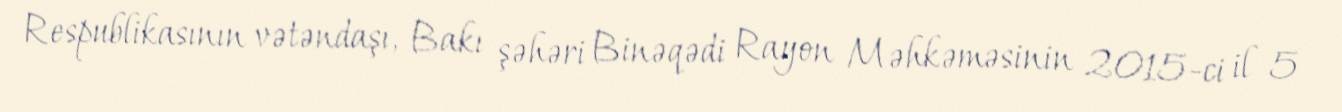
Respublikasının vətəndaşı, Bakı şəhəri Binəqədi Rayon Məhkəməsinin 2015-ci il 5